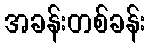
အခန်းတစ်ခန်း